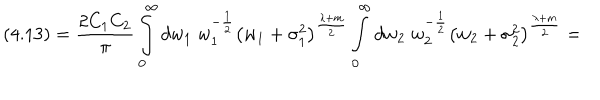
( 4 . 1 3 ) = \frac { 2 C _ { 1 } C _ { 2 } } { \pi } \int _ { 0 } ^ { \infty } d w _ { 1 } \; w _ { 1 } ^ { - \frac { 1 } { 2 } } \left( w _ { 1 } + { \sigma } _ { 1 } ^ { 2 } \right) ^ { \frac { \lambda + m } { 2 } } \int _ { 0 } ^ { \infty } d w _ { 2 } \; w _ { 2 } ^ { - \frac { 1 } { 2 } } \left( w _ { 2 } + { \sigma } _ { 2 } ^ { 2 } \right) ^ { \frac { \lambda + m } { 2 } } =